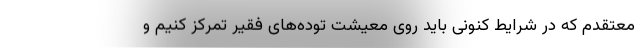
معتقدم که در شرایط کنونی باید روی معیشت توده‌های فقیر تمرکز کنیم و